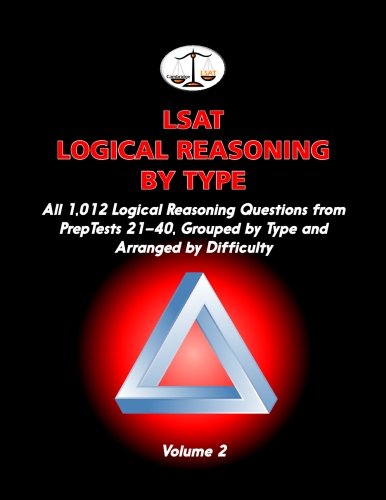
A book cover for LSAT Logical Reasoning by Type, Volume 2: All 1,012 Logical Reasoning Questions from PrepTests 21-40, Grouped by Type and Arranged by Difficulty (Cambridge LSAT); Morley Tatro; Test Preparation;